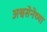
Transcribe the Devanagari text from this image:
अश्वसेनेच्या